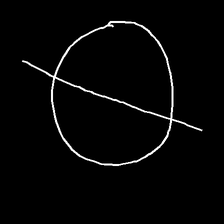
Glyph: orb